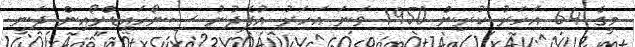
މީގެ 64 އަހަރު ކުރިން 1950 ވަނަ އަހަރު އުފެދުނު ސިނޯހައިޑްރޯއިން ދަނީ